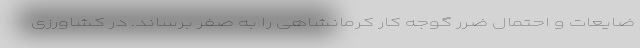
ضایعات و احتمال ضرر گوجه کار کرمانشاهی را به صفر برساند. در کشاورزی